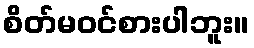
စိတ်မဝင်စားပါဘူး။